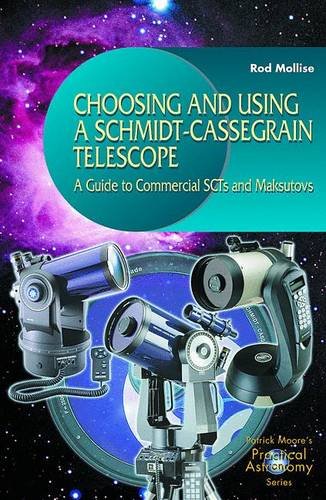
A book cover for Choosing and Using a Schmidt-Cassegrain Telescope : A Guide to Commercial SCTs and Maksutovs (Practical Astronomy.); Rod Mollise; Science & Math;